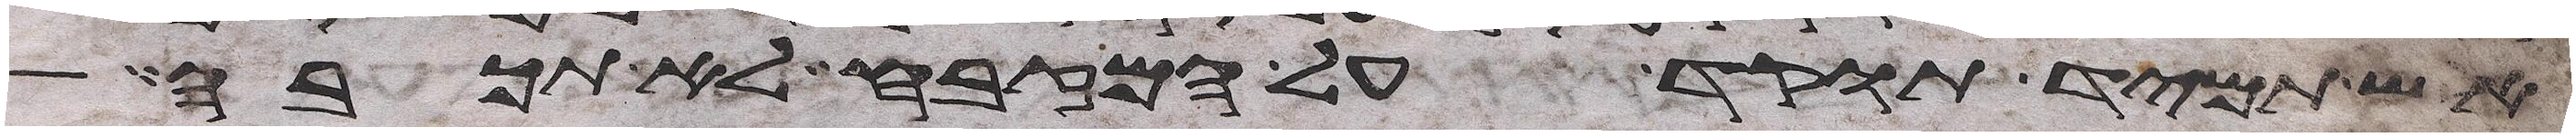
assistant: אש תמיד תוקד על המזבח לא תכבה